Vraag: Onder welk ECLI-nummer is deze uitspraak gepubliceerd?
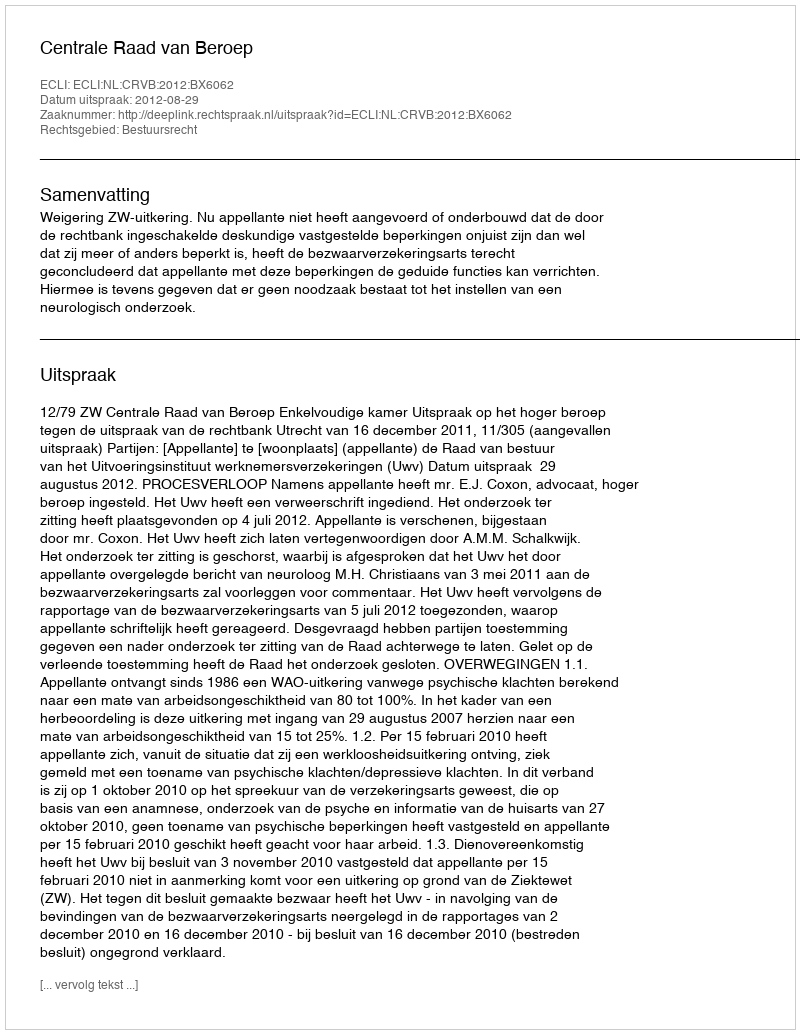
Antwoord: ECLI:NL:CRVB:2012:BX6062